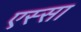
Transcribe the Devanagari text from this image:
एस्सा